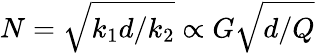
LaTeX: N=\sqrt{k_{1}d/k_{2}}\propto G\sqrt{d/Q}